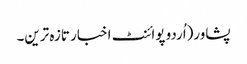
پشاور(اُردو پوائنٹ اخبار تازہ ترین۔